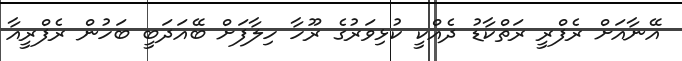
އޭނާއަށް ރެފްރީ ރަތްކާޑު ދެއްކީ ކުޅިވަރުގެ ރޫހާ ހިލާފަށް ބޭއަދަބީ ބަހުން ރެފްރީއާ